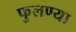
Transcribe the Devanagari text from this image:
फुलण्या